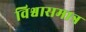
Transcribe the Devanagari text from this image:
विश्वासमात्र